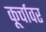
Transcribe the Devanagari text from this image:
कूर्चावर